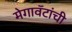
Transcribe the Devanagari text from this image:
मेगावॅटांची